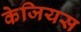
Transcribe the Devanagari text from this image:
केजियस